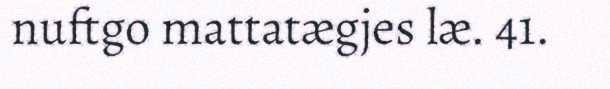
nuftgo mattatægjes læ. 41.